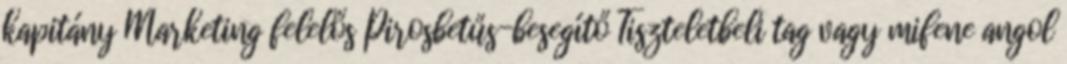
kapitány Marketing felelős Pirosbetűs-besegítő Tiszteletbeli tag vagy mifene angol